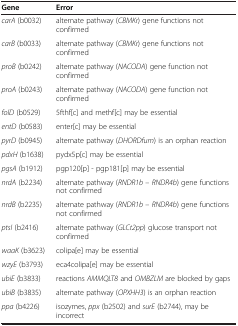
<table><thead><tr><td><b>Gene</b></td><td><b>Error</b></td></tr></thead><tbody><tr><td><i>carA</i> (b0032)</td><td>alternate pathway (<i>CBMKr</i>) gene functions not confirmed</td></tr><tr><td><i>carB</i> (b0033)</td><td>alternate pathway (<i>CBMKr</i>) gene functions not confirmed</td></tr><tr><td><i>proB</i> (b0242)</td><td>alternate pathway (<i>NACODA</i>) gene function not confirmed</td></tr><tr><td><i>proA</i> (b0243)</td><td>alternate pathway (<i>NACODA</i>) gene function not confirmed</td></tr><tr><td><i>folD</i> (b0529)</td><td>5fthf[c] and methf[c] may be essential</td></tr><tr><td><i>entD</i> (b0583)</td><td>enter[c] may be essential</td></tr><tr><td><i>pyrD</i> (b0945)</td><td>alternate pathway (<i>DHORDfum</i>) is an orphan reaction</td></tr><tr><td><i>pdxH</i> (b1638)</td><td>pydx5p[c] may be essential</td></tr><tr><td><i>pgsA</i> (b1912)</td><td>pgp120[p] - pgp181[p] may be essential</td></tr><tr><td><i>nrdA</i> (b2234)</td><td>alternate pathway (<i>RNDR1b</i> – <i>RNDR4b</i>) gene functions not confirmed</td></tr><tr><td><i>nrdB</i> (b2235)</td><td>alternate pathway (<i>RNDR1b</i> – <i>RNDR4b</i>) gene functions not confirmed</td></tr><tr><td><i>ptsI</i> (b2416)</td><td>alternate pathway (<i>GLCt2pp</i>) glucose transport not confirmed</td></tr><tr><td><i>waaK</i> (b3623)</td><td>colipa[e] may be essential</td></tr><tr><td><i>wzyE</i> (b3793)</td><td>eca4colipa[e] may be essential</td></tr><tr><td><i>ubiE</i> (b3833)</td><td>reactions <i>AMMQLT8</i> and <i>OMBZLM</i> are blocked by gaps</td></tr><tr><td><i>ubiB</i> (b3835)</td><td>alternate pathway (<i>OPXHH3</i>) is an orphan reaction</td></tr><tr><td><i>ppa</i> (b4226)</td><td>isozymes, <i>ppx</i> (b2502) and <i>surE</i> (b2744), may be incorrect</td></tr></tbody></table>